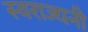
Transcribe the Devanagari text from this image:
स्वराज्यनी